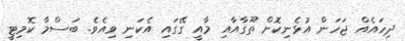
ދިހައެއް ޖަހަން އުޅެނިކޮށް ތޫގާއާއި މާއީ ގޭގައި އެކަނި ވިއެވެ. ބަސްމާ ކޮމިޓީ